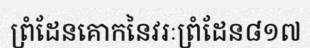
ព្រំដែនគោកនៃវរៈព្រំដែន៨១៧